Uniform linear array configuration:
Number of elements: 4
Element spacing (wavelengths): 0.25
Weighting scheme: kaiser
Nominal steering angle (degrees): -45
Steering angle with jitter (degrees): -43.39
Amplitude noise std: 0.05
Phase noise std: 0.05

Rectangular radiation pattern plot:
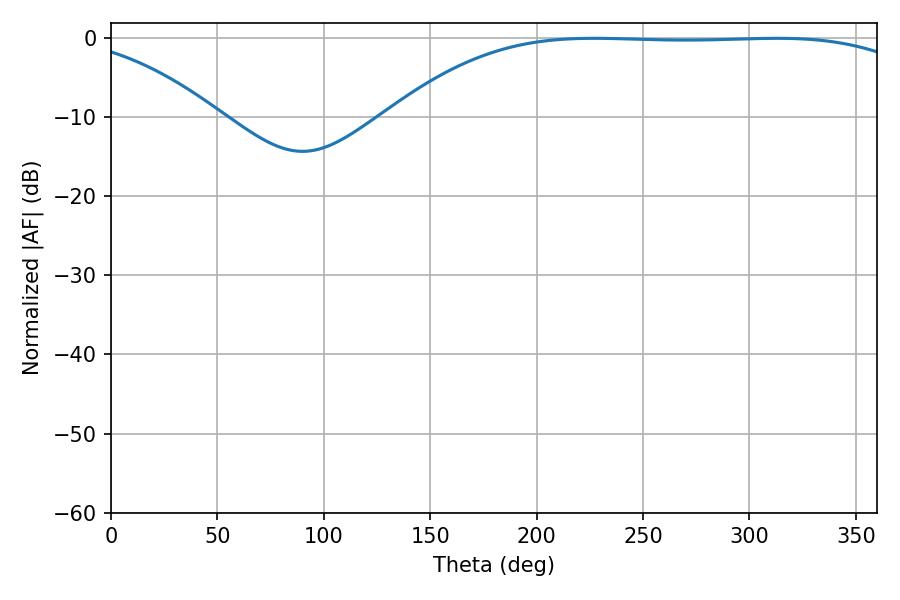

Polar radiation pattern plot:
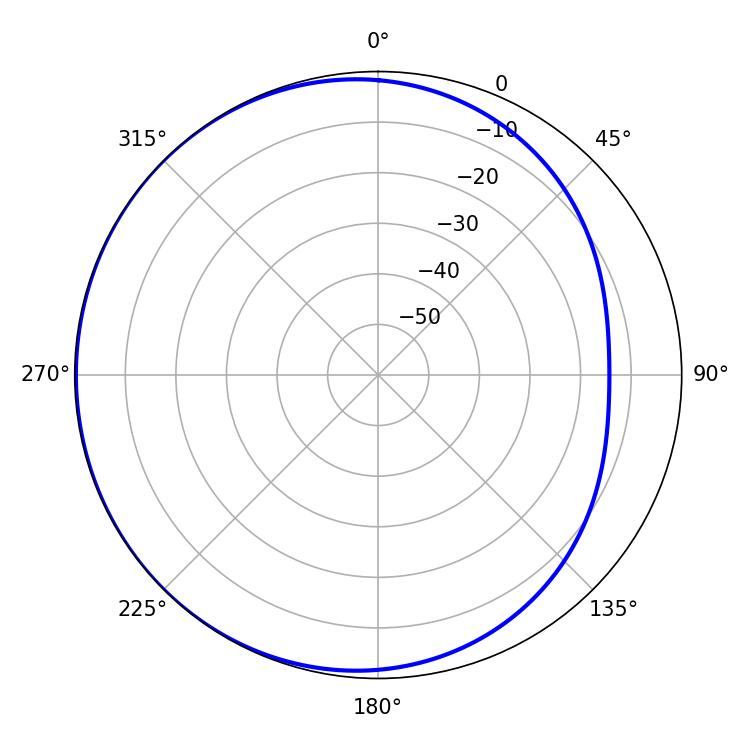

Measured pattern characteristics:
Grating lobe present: FALSE
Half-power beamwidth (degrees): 192.6
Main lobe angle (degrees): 226.98